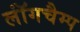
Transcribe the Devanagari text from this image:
लॉंगचैम्प